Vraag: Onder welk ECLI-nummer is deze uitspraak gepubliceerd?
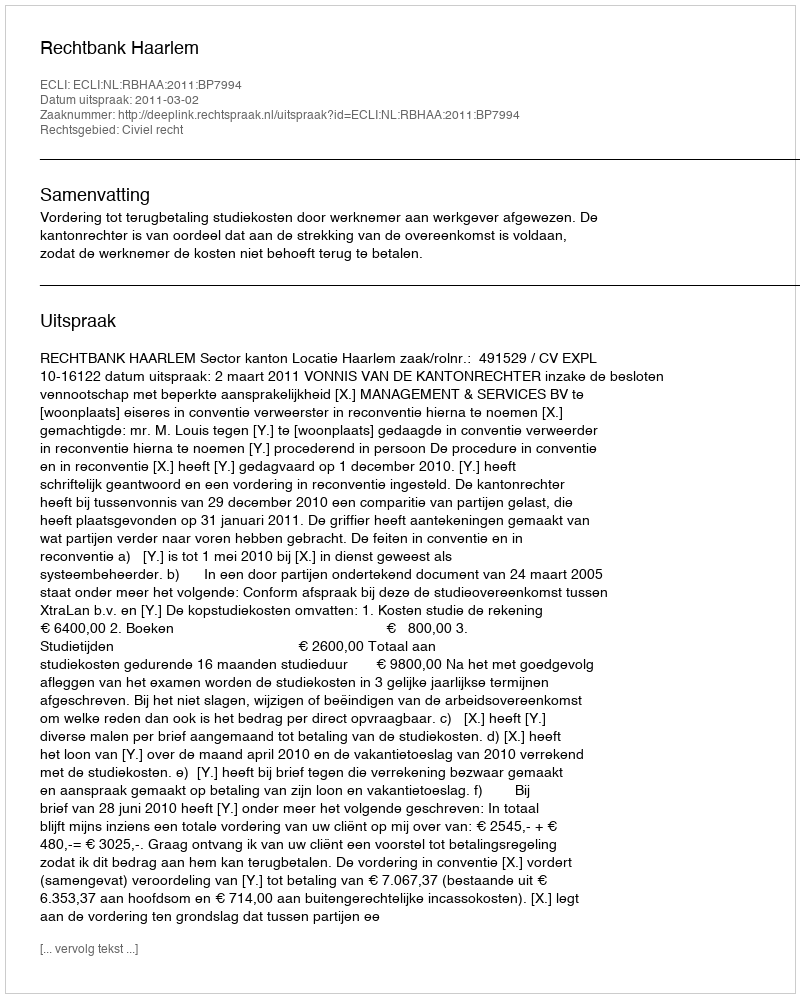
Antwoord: ECLI:NL:RBHAA:2011:BP7994